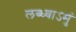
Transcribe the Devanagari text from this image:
लब्ध्वाऽमुं